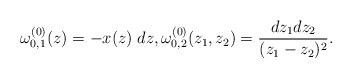
\begin{align*}\omega^{(0)}_{0,1}(z)=-x(z)\; dz,\omega^{(0)}_{0,2}(z_1,z_2)=\frac{dz_1dz_2}{(z_1-z_2)^2}.\end{align*}